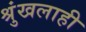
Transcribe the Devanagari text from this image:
श्रुंखलाही